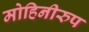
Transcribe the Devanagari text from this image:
मोहिनीरुप